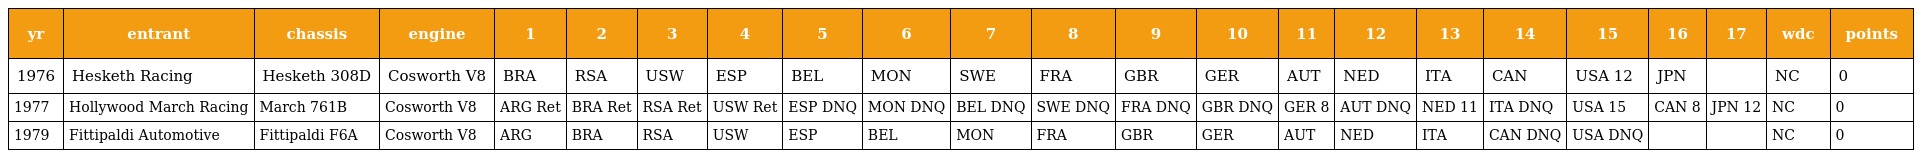
| yr | entrant | chassis | engine | 1 | 2 | 3 | 4 | 5 | 6 | 7 | 8 | 9 | 10 | 11 | 12 | 13 | 14 | 15 | 16 | 17 | wdc | points |
 | --- | --- | --- | --- | --- | --- | --- | --- | --- | --- | --- | --- | --- | --- | --- | --- | --- | --- | --- | --- | --- | --- | --- |
 | 1976 | Hesketh Racing | Hesketh 308D | Cosworth V8 | BRA | RSA | USW | ESP | BEL | MON | SWE | FRA | GBR | GER | AUT | NED | ITA | CAN | USA 12 | JPN |  | NC | 0 |
 | 1977 | Hollywood March Racing | March 761B | Cosworth V8 | ARG Ret | BRA Ret | RSA Ret | USW Ret | ESP DNQ | MON DNQ | BEL DNQ | SWE DNQ | FRA DNQ | GBR DNQ | GER 8 | AUT DNQ | NED 11 | ITA DNQ | USA 15 | CAN 8 | JPN 12 | NC | 0 |
 | 1979 | Fittipaldi Automotive | Fittipaldi F6A | Cosworth V8 | ARG | BRA | RSA | USW | ESP | BEL | MON | FRA | GBR | GER | AUT | NED | ITA | CAN DNQ | USA DNQ |  |  | NC | 0 |